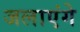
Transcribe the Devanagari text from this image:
जलाएंगे